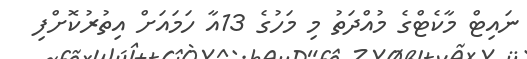
ނައިޓް މާކެޓްގެ މުއްދަތު މި މަހުގެ 13އާ ހަމައަށް އިތުރުކޮށްފި